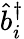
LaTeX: \hat{b}_{i}^{\dagger}